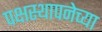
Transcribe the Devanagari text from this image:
पक्षस्थापनेच्या